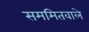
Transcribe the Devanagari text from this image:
सममितवाले